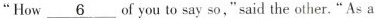
“How\underline{6} of you to say so,"said the other. “As a